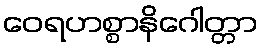
ဝေရဟစ္စာနိဂေါတ္တာ